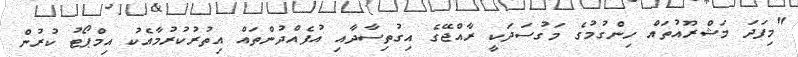
"މިފަދަ މަޝްރޫއުތައް ހިންގުމުގެ މަގުސަދަކީ ރާއްޖޭގެ އިގުތިސާދާއި އުފެއްދުންތައް އިތުރުކުރުމާއެކު އިމްޕޯޓު ކުރުން